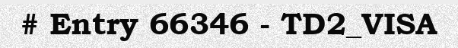
# Entry 66346 - TD2_VISA